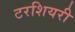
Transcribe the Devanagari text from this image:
टरशियरी